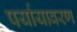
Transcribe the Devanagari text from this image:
पर्यायावरण